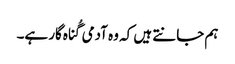
‏ ہم جانتے ہیں کہ وہ آدمی گُناہ‌گار ہے۔